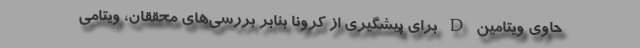
حاوی ویتامین D برای پیشگیری از کرونا بنابر بررسی‌های محققان، ویتامی